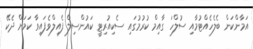
އަމާންކަން ބެލެހެއްޓުމާއި ސުލްހަ ގާއިމް ކުރުމުގައި ސެކިއުރިޓީ ކައުންސިލް ފެއިލްވެފައިވާ ކަމަށް ދެކޭ